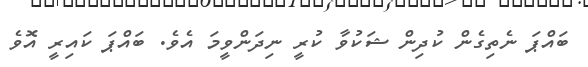
ބައްޕަ ނެތިގެން ކުދިން ޝަކުވާ ކުރީ ނިދަންވީމަ އެވެ. ބައްޕަ ކައިރީ އޮވެ